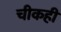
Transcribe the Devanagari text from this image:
चीकही